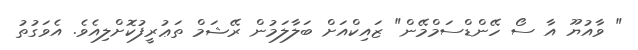
" ވާއުޔޫ އާ ސޯ ހޭންޑްސަމްމޭން" ޒައިކްއަށް ބަލާލަމުން ރޭޝަމް ތަޢުރީފުކޮށްލިއެވެ. އެވަގުތު